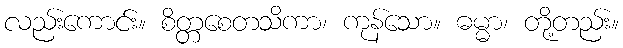
လည်းကောင်း။ စိတ္တစေတသိကာ၊ ကုန်သော။ ဓမ္မာ၊ တို့တည်း။